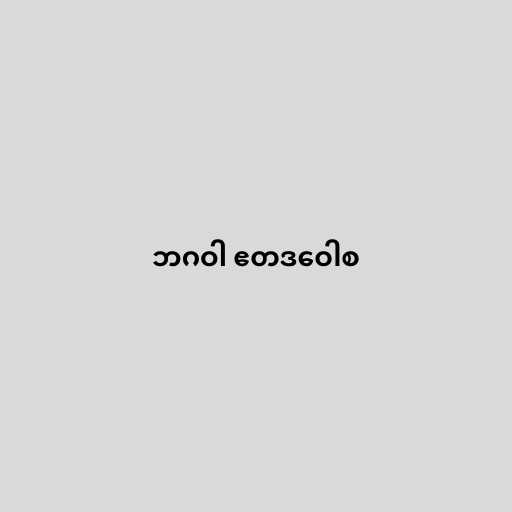
ဘဂဝါ ဧတဒဝေါစ